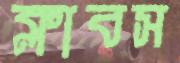
ক্লাবস